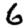
Digit: 6